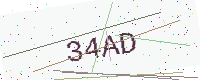
Text: 34AD